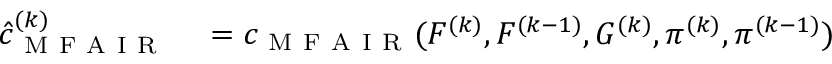
\begin{array} { r l } { \hat { c } _ { \mathrm { ~ M ~ F ~ A ~ I ~ R ~ } } ^ { ( k ) } } & { { } = c _ { \mathrm { ~ M ~ F ~ A ~ I ~ R ~ } } ( F ^ { ( k ) } , F ^ { ( k - 1 ) } , G ^ { ( k ) } , \pi ^ { ( k ) } , \pi ^ { ( k - 1 ) } ) } \end{array}